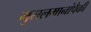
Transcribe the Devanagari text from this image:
मुसलमानांपैकी